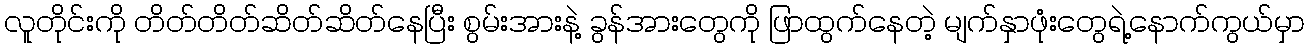
လူတိုင်းကို တိတ်တိတ်ဆိတ်ဆိတ်နေပြီး စွမ်းအားနဲ့ ခွန်အားတွေကို ဖြာထွက်နေတဲ့ မျက်နှာဖုံးတွေရဲ့နောက်ကွယ်မှာ